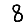
Digit: 8